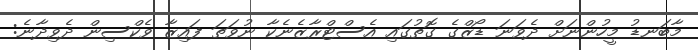
މާބަނޑު މީހުންނަށް ދެވަނަ ޑޯޒްގެ ގޮތުގައި އެސްޓްރާޒެނެކާ ނުވަތަ ފައިޒާ ވެކްސިން ދެވިދާނެ: